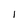
Character: I